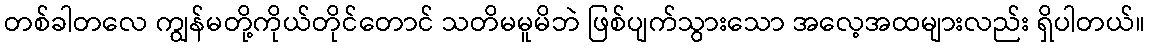
တစ်ခါတလေ ကျွန်မတို့ကိုယ်တိုင်တောင် သတိမမူမိဘဲ ဖြစ်ပျက်သွားသော အလေ့အထများလည်း ရှိပါတယ်။